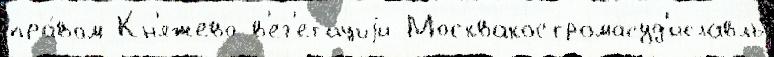
пра́вом Кн'яжево в'ег'етациjи Москвакостромасуд'иславль